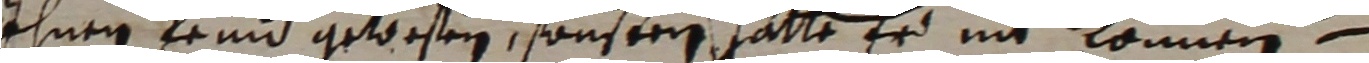
ihnen keind gebesen, songeren hatte er nit können